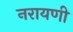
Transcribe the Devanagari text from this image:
नरायणी